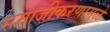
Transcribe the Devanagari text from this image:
समाजीकरणामुळे